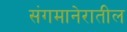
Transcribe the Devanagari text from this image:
संगमानेरातील